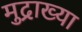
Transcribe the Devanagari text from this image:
मुद्राख्या